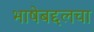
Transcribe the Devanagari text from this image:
भाषेबद्दलचा